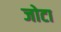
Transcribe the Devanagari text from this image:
जोटा